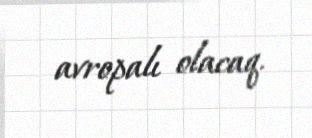
avropalı olacaq.